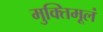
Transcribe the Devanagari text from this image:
मुक्तिमूलं